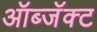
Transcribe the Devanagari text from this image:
ऑब्जॅक्ट